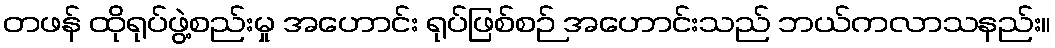
တဖန် ထိုရုပ်ဖွဲ့စည်းမှု အဟောင်း ရုပ်ဖြစ်စဉ် အဟောင်းသည် ဘယ်ကလာသနည်း။